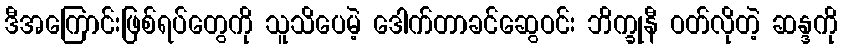
ဒီအကြောင်းဖြစ်ရပ်တွေကို သူသိပေမဲ့ ဒေါက်တာခင်ဆွေဝင်း ဘိက္ခုနီ ဝတ်လိုတဲ့ ဆန္ဒကို